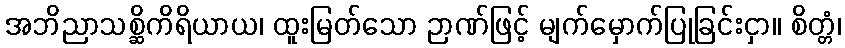
အဘိညာသစ္ဆိကိရိယာယ၊ ထူးမြတ်သော ဉာဏ်ဖြင့် မျက်မှောက်ပြုခြင်းငှာ။ စိတ္တံ၊